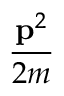
\frac { \mathbf { p } ^ { 2 } } { 2 m }